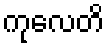
ကုလေတိ